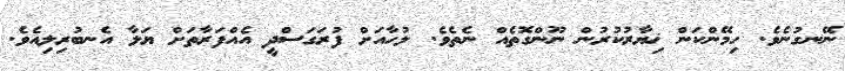
ނޭނގުނެވެ. ހިމޭންކަން ޚިޔާރުކުރުން ނޫންގޮތެއް ނެތެވެ. ލުހާއަށް ފުރަގަސްދީ އެއްފަރާތަށް ޔަލާ އެނބުރިލިއެވެ.